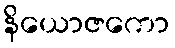
နိယောဇကော